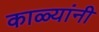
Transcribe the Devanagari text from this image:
काळ्यांनी